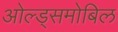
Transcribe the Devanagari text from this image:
ओल्ड्समोबिल